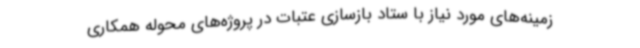
زمینه‌های مورد نیاز با ستاد بازسازی عتبات در پروژه‌های محوله همکاری